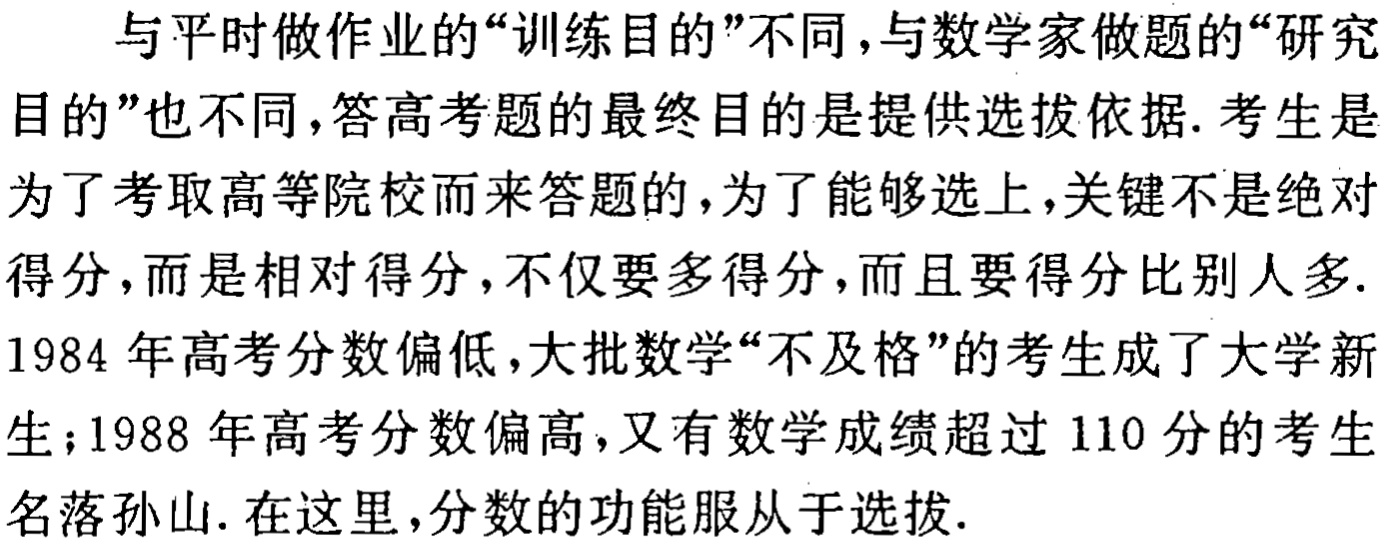
与平时做作业的“训练目的”不同,与数学家做题的“研究

目的”也不同,答高考题的最终目的是提供选拔依据. 考生是

为了考取高等院校而来答题的,为了能够选上,关键不是绝对

得分,而是相对得分,不仅要多得分,而且要得分比别人多.

1984 年高考分数偏低,大批数学“不及格”的考生成了大学新

生;1988 年高考分数偏高,又有数学成绩超过 110 分的考生

名落孙山. 在这里,分数的功能服从于选拔.